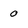
Character: 0